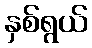
နှစ်ရွယ်